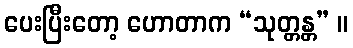
ပေးပြီးတော့ ဟောတာက “သုတ္တန္တ” ။